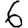
Digit: 6